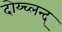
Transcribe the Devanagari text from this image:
दोय्च्लन्द्